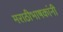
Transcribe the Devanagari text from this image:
मराठीभाषकांनी